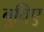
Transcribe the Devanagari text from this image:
बूविए